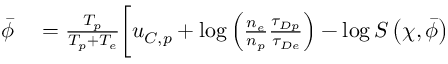
\begin{array} { r l } { \bar { \phi } } & { { } = \frac { T _ { p } } { T _ { p } + T _ { e } } \biggl [ u _ { C , p } + \log \left( \frac { n _ { e } } { n _ { p } } \frac { \tau _ { D p } } { \tau _ { D e } } \right) - \log S \left( \chi , \bar { \phi } \right) } \end{array}